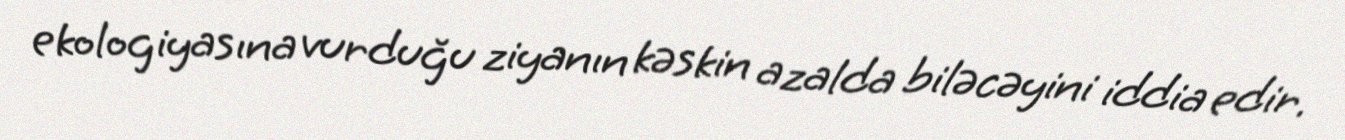
ekologiyasına vurduğu ziyanın kəskin azalda biləcəyini iddia edir.